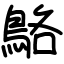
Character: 鴼